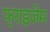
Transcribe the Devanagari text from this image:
फ्राइजेम